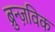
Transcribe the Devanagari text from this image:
ब्रुन्ज़विक